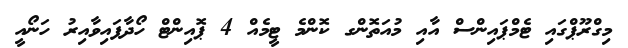
މިގްރޫޕްގައި ޓެމްޕައިންސް އާއި މުއަތޮންގ ކޮންމެ ޓީމެއް 4 ޕޮއިންޓް ހޯދާފައިވާއިރު ހަނޯއީ